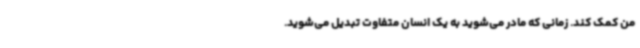
من کمک کند. زمانی که مادر می‌شوید به یک انسان متفاوت تبدیل می‌شوید.